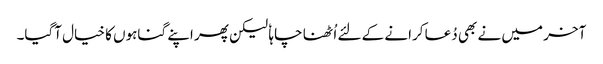
آخر میں نے بھی دُعا کرانے کے لئے اُٹھنا چاہا ٗ لیکن پھر اپنے گناہوں کا خیال آگیا۔